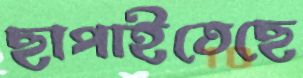
ছাপাইতেছে